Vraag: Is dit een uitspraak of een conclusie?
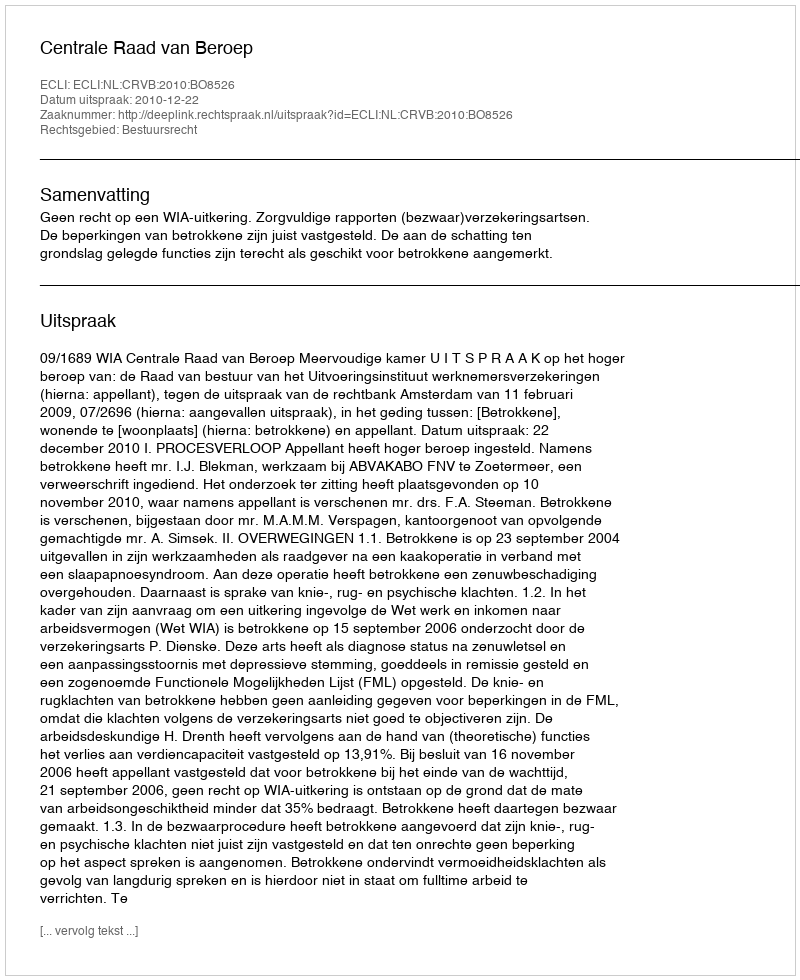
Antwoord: Uitspraak